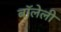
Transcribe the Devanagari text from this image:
बॉलेली